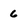
Character: 6